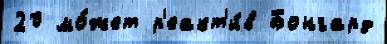
20 мо́жет р'еакт'и́в Бонгард